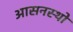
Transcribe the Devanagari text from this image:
आसनस्थो